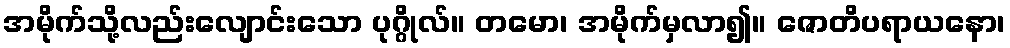
အမိုက်သို့လည်းလျောင်းသော ပုဂ္ဂိုလ်။ တမော၊ အမိုက်မှလာ၍။ ဇောတိပရာယနော၊